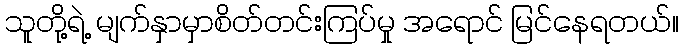
သူတို့ရဲ့ မျက်နှာမှာစိတ်တင်းကြပ်မှု အရောင် မြင်နေရတယ်။